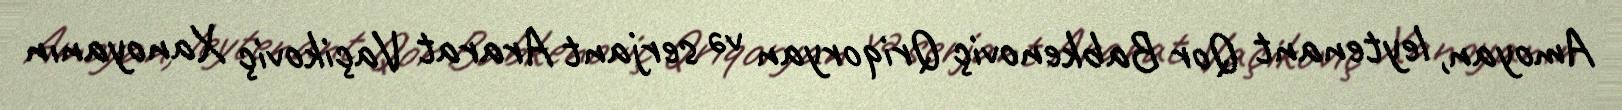
Amoyan, leytenant Qor Babkenoviç Qriqoryan və serjant Ararat Vaçikoviç Xanoyanın